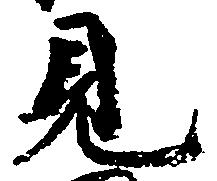
見